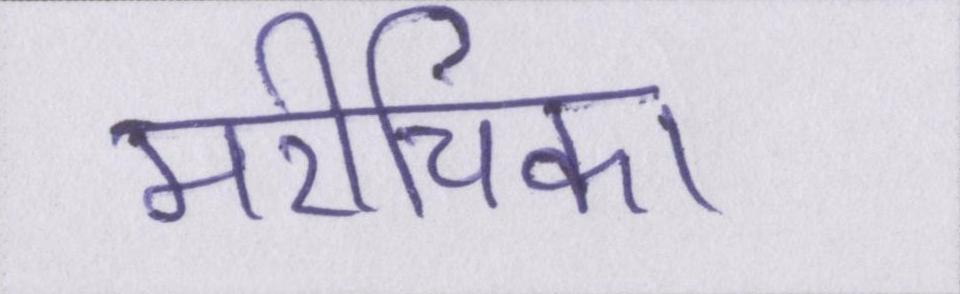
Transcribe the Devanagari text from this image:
मरीचिका